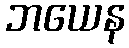
ဘယေန